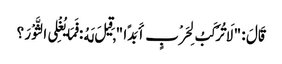
قَالَ : " لَا تُرْکَبُ لِحَرْبٍ أَبَدًا " , قِیلَ لَهُ : فَمَا یُغْلِی الثَّوْرَ ؟